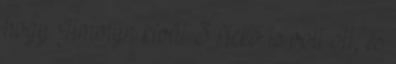
hogy Jimmyn kívül 3 fickó is volt ott, és